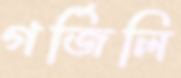
গর্জিলি